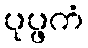
ပုပ္ဖကံ